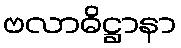
ဗလာဓိဋ္ဌာနာ